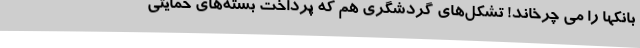
بانکها را می‌ چرخاند! تشکل‌های گردشگری هم که پرداخت بسته‌های حمایتی